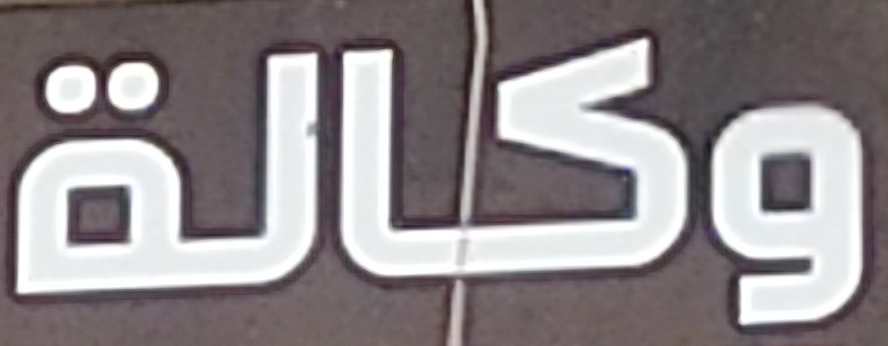
وكالة